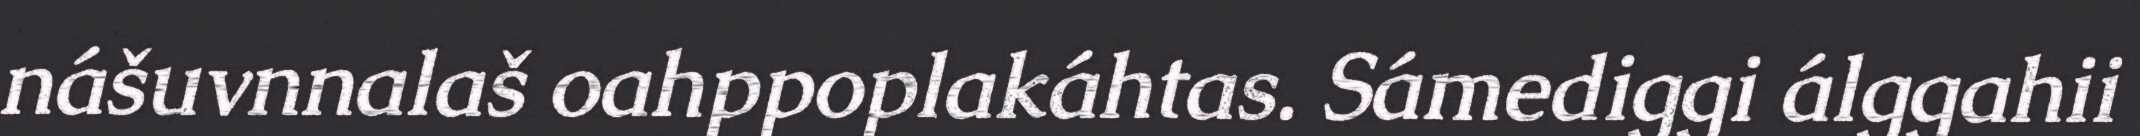
nášuvnnalaš oahppoplakáhtas. Sámediggi álggahii